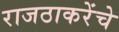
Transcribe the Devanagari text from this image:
राजठाकरेंचे